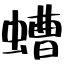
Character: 螬